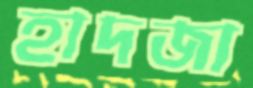
হাদজা